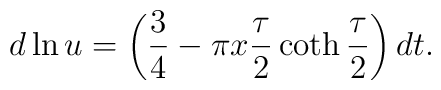
d\ln u=\left(\frac34-\pi x\frac{\tau}{2}\coth\frac{\tau}{2}\right)dt.